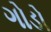
ગોડો